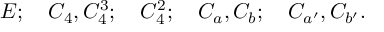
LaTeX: E ; \quad C _ { 4 } , C _ { 4 } ^ { 3 } ; \quad C _ { 4 } ^ { 2 } ; \quad C _ { a } , C _ { b } ; \quad C _ { a ^ { \prime } } , C _ { b ^ { \prime } } .